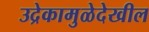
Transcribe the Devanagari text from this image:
उद्रेकामुळेदेखील